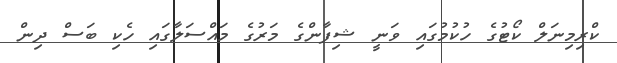
ކްރިމިނަލް ކޯޓުގެ ހުކުމުގައި ވަނީ ޝިފާންގެ މަރުގެ މައްސަލާގައި ހެކި ބަސް ދިން